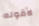
لأقوله